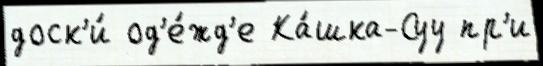
доск'и́ од'е́жд'е Ка́шка-Суу пр'и